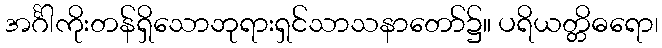
အင်္ဂါကိုးတန်ရှိသောဘုရားရှင်သာသနာတော်၌။ ပရိယတ္တိဓရော၊